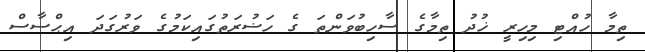
ތިމާ ހުއްޓި މިހިރީ ޚުދު ތިމާގެ ސާހިބުވަންތަ ގެ ހަޟުރަތުގައިކަމުގެ ވަރުގަދަ އިޙްސާސް